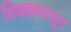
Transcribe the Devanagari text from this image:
शिक्षकापासून